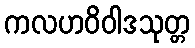
ကလဟဝိဝါဒသုတ္တ